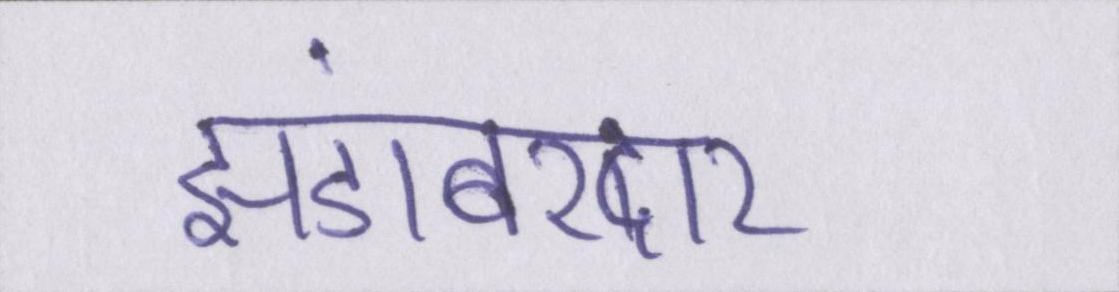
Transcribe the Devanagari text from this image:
झंडाबरदार